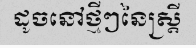
ដូចនៅថ្មីៗនៃស្ត្រី